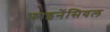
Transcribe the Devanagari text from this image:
फ़ाइनेंसियल